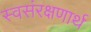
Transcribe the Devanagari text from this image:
स्वसंरक्षणार्थ